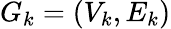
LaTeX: G_{k}=(V_{k},E_{k})